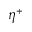
\eta ^ { + }